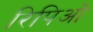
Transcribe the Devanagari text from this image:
रिपिओ